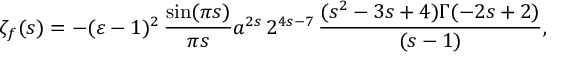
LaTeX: \zeta _ { f } ( s ) = - ( \varepsilon - 1 ) ^ { 2 } \, \frac { \sin ( \pi s ) } { \pi s } a ^ { 2 s } \, 2 ^ { 4 s - 7 } \, \frac { ( s ^ { 2 } - 3 s + 4 ) \Gamma ( - 2 s + 2 ) } { ( s - 1 ) } ,